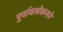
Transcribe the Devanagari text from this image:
पूर्वावलोकनाने